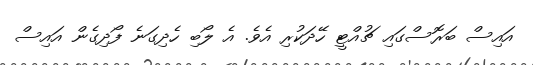
އައިސް ބަރޮސްގައި ޗުއްޓީ ހޭދަކުރި އެވެ. އެ ލޯބި ހެދިގަނެ ފޯދިގެން އައިސް